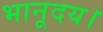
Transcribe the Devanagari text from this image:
भानूदय।